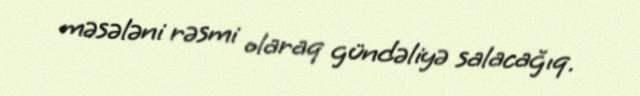
məsələni rəsmi olaraq gündəliyə salacağıq.